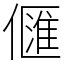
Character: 㒑